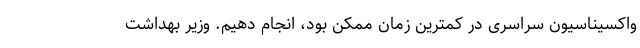
واکسیناسیون سراسری در کمترین زمان ممکن بود، انجام دهیم.‌ وزیر بهداشت